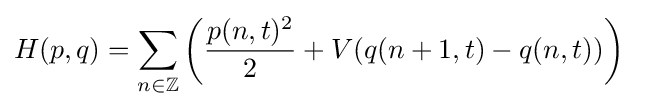
{\begin{aligned}H(p,q)&=\sum _{n\in \mathbb {Z} }\left({\frac {p(n,t)^{2}}{2}}+V(q(n+1,t)-q(n,t))\right)\end{aligned}}